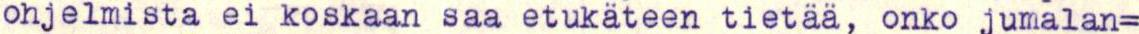
ohjelmista ei koskaan saa etukäteen tietää, onko jumalan=